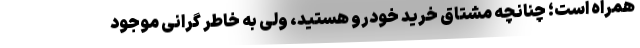
همراه است؛ چنانچه مشتاق خرید خودرو هستید، ولی به خاطر گرانی موجود